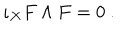
\iota _ { X } F \wedge F = 0 ~ .